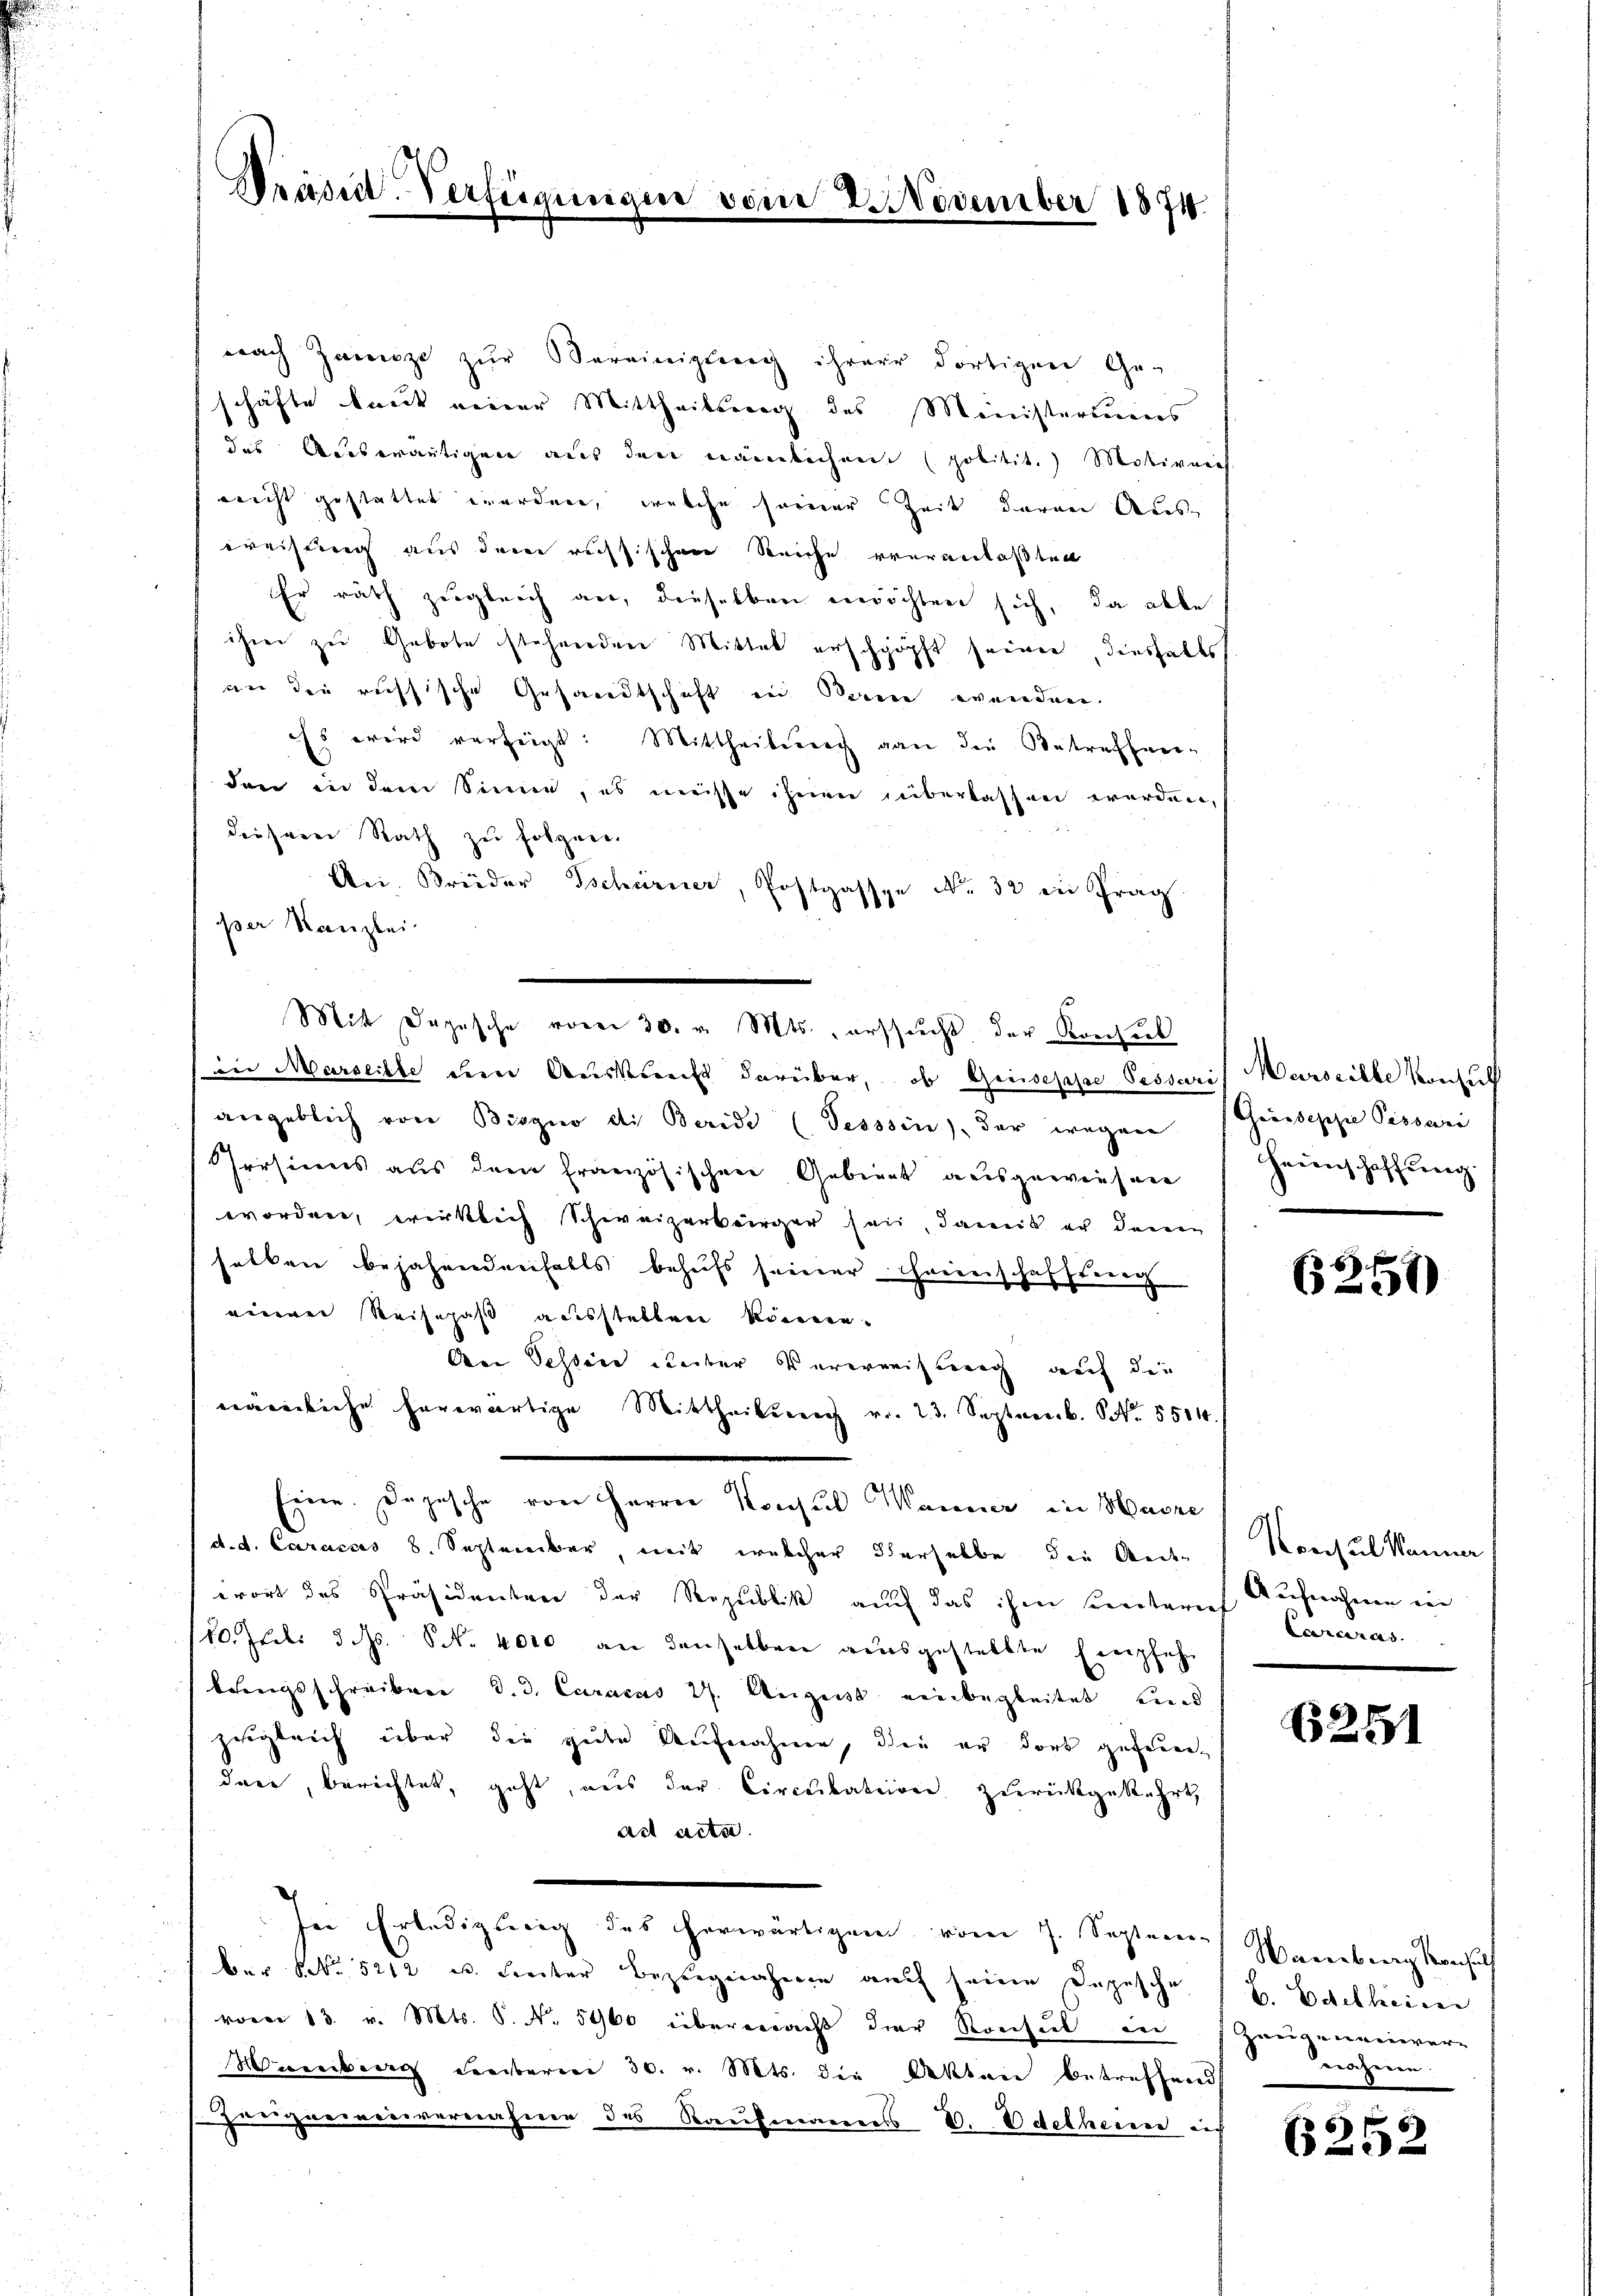
Präsen-Verfügung

2 November 1874.

nach Zamize zŭr Vereinigung ihrere dortigen Geg
schäfte baut einer Mittheilsweg des Ministeriums
das Auswärtigen aus den nämlichen politik.) Motiven
neicht gestattet werden, welche seiner Zeit daran Aus-
Kreisung aus dem russischen Reiche veranlaßten
Er rath zugleich an, dieselben möchten sich, da alle
ihm zu Gebote stehenden Mittel erschöpft seinen, diesfalls
an die russische Gesandtschaft in Berne werden.
eEs wird verfügt: Mittheilung gan die Betreffen-
den in dem Sinne, es müsse ihnen überlassen werden,
desserer Rath zu folgen.
An, Brüder Tschürner, Postgasspe No. 32 in Frag
per Kanzlei.
in Marseille den Auskunft darüber, ob Griesesse Pessaris Warseille Konsul
angeblich von Biogno di Beride (Tesssin, der wegen (Greiseppe Pissari
Prrsinns aus dem französischen Gebiert ausgewiesen
worden, wirklich Schweizerbürger sein, damit er denen
halten bejahrendreifalls behufs seiner Handerschafften
einen Reisepaß ausstellen können.
An Sessine Reiber Vererweisung auf die
nämliche herwärtige Mittheilŭng v. 23. Septemb. Nr. 5511.
Eine Depesche von Herrn Konsul Manner in Havre
(d. d. Caraces 8. September, mit welcher derselbe die Ander
wort das Präsidenten der Republik auch das ihm secretariat
10. Juli d. Js. S. 4000 an denselben ausgestellte Empfeh
besingsschreiben d. d. Caracus 27. August einbegleitet, und
zugleich über die gute Aufnahme, die er dort geferendare, berichtet, geht, aus der Circulationen zurückgekehrt,
act acte
In Erledigung des herwärtigem vom 7. Septem Hamburg konsuch
ber No. 5212 u. Freiter Bezugnahmen auch seine Depesche
vom 13. v. Mts. S. Nr. 5400 überwacht der Konsul in Zeugeneinver-
Mireiburg Freiteren 30. v. Mts. die Akten betreffend
Zueignervenivernahme des Kaufmanns E. Odelheien nich

Mit Depesche vom 30. v. Mts. aussucht der Konsul

Heuenschaffung

6250)

Konsul Manner
Aufnahmen in
Cararas

6251

B. Erhebliciren
nähmen.

6252